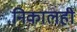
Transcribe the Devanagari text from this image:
निकालही